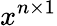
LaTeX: x^{n\times 1}